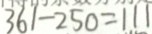
3 6 1 - 2 5 0 = 1 1 1